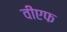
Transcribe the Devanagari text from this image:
वीएफ